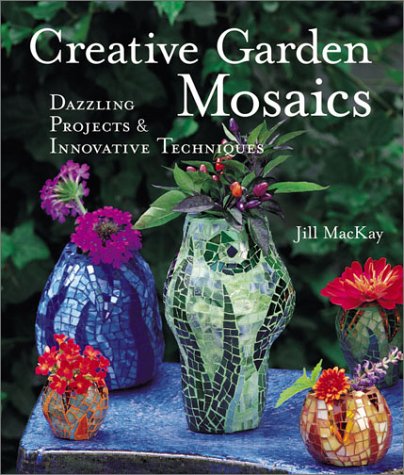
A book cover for Creative Garden Mosaics: Dazzling Projects & Innovative Techniques; Jill MacKay; Crafts, Hobbies & Home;